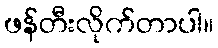
ဖန်တီးလိုက်တာပါ။